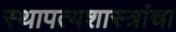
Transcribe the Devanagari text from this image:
स्थापत्यशास्त्रांचा